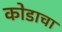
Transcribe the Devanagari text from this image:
कोडाचा